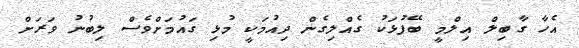
އެހާ ގާބިލް އިލްމީ ބޭފުޅަކު ގެއްލިގެން ދިއުމަކީ މުޅި ގައުމަށްވެސް ލިބުނު ވަރަށް